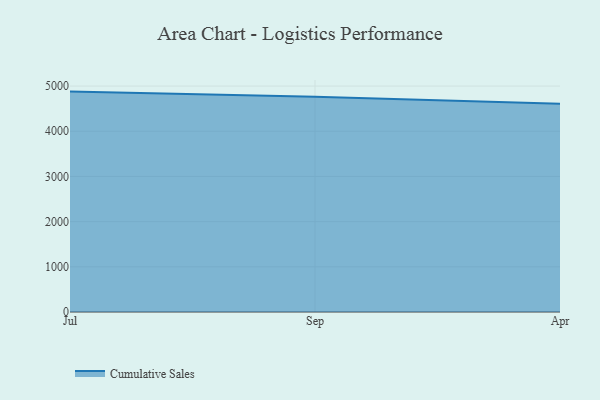
{"axis": {"x": "Month", "y": "Bounce Rate (%)"}, "legend": ["Cumulative Sales"], "data": [{"x": "Jul", "y": 4877.6, "type": "Cumulative Sales"}, {"x": "Sep", "y": 4763.1, "type": "Cumulative Sales"}, {"x": "Apr", "y": 4607.6, "type": "Cumulative Sales"}]}